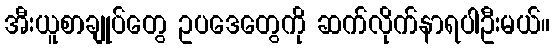
အီးယူစာချုပ်တွေ ဥပဒေတွေကို ဆက်လိုက်နာရပါဦးမယ်။